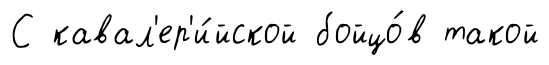
С кавал'ер'и́йской бойцо́в такой